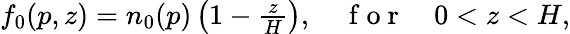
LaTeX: \begin{array}{r}{f_{0}(p,z)=n_{0}(p)\left(1-\frac{z}{H}\right),\quad\mathrm{~f~o~r~}\quad 0<z<H,}\end{array}